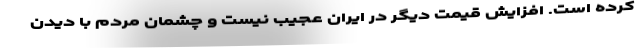
کرده است. افزایش قیمت دیگر در ایران عجیب نیست و چشمان مردم با دیدن